Indian Medical Review
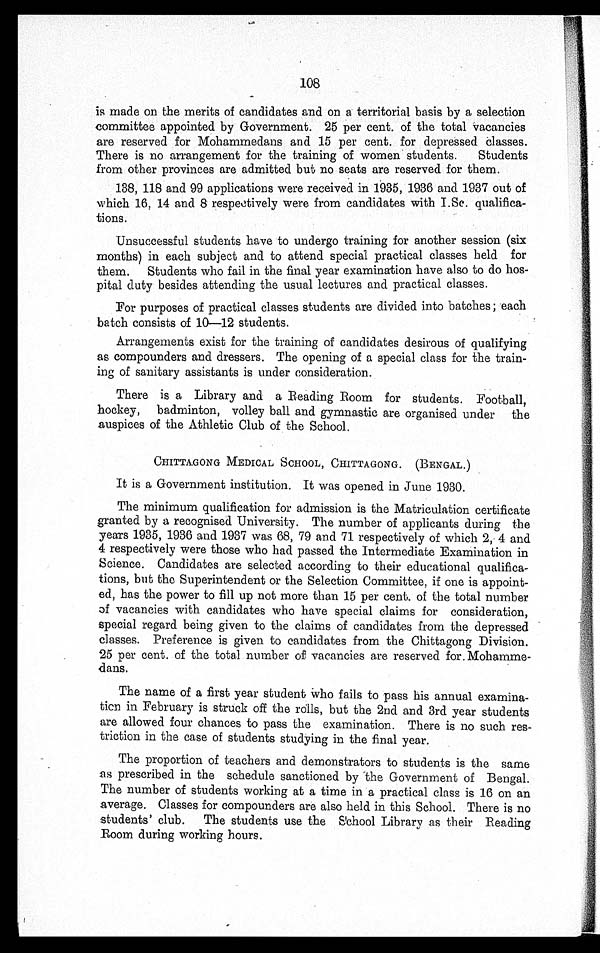
108
is made on the merits of candidates and on a territorial basis by a selection
committee appointed by Government. 25 per cent. of the total vacancies
are reserved for Mohammedans and 15 per cent. for depressed classes.
There is no arrangement for the training of women students. Students
from other provinces are admitted but no seats are reserved for them.
138, 118 and 99 applications were received in 1935, 1936 and 1937 out of
which 16, 14 and 8 respectively were from candidates with I.Sc qualifica-
tions.
Unsuccessful students have to undergo training for another session (six
months) in each subject and to attend special practical classes held for
them. Students who fail in the final year examination have also to do hos-
pital duty besides attending the usual lectures and practical classes.
For purposes of practical classes students are divided into batches ; each
batch consists of 10—12 students.
Arrangements exist for the training of candidates desirous of qualifying
as compounders and dressers. The opening of a special class for the train-
ing of sanitary assistants is under consideration.
There is a Library and a Reading Room for students. Football,
hockey, badminton, volley ball and gymnastic are organised under the
auspices of the Athletic Club of the School.
CHITTAGONG MEDICAL SCHOOL, CHITTAGONG. (BENGAL.)
It is a Government institution. It was opened in June 1930.
The minimum qualification for admission is the Matriculation certificate
granted by a recognised University. The number of applicants during the
years 1935, 1936 and 1937 was 68, 79 and 71 respectively of which 2, 4 and
4 respectively were those who had passed the Intermediate Examination in
Science. Candidates are selected according to their educational qualifica-
tions, but the Superintendent or the Selection Committee, if one is appoint-
ed, has the power to fill up not more than 15 per cent. of the total number
of vacancies with candidates who have special claims for consideration,
special regard being given to the claims of candidates from the depressed
classes. Preference is given to candidates from the Chittagong Division.
25 per cent. of the total number of vacancies are reserved for Mohamme-
dans.
The name of a first year student who fails to pass his annual examina-
tion in February is struck off the rolls, but the 2nd and 3rd year students
are allowed four chances to pass the examination. There is no such res-
triction in the case of students studying in the final year.
The proportion of teachers and demonstrators to students is the same
as prescribed in the schedule sanctioned by the Government of Bengal.
The number of students working at a time in a practical class is 16 on an
average. Classes for compounders are also held in this School. There is no
students' club. The students use the School Library as their Reading
Room during working hours.